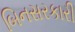
બિનસરકારી